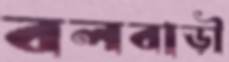
বলবাড়ী